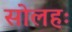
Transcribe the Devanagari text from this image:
सोलहः